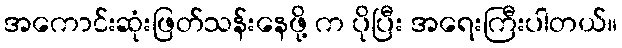
အကောင်းဆုံးဖြတ်သန်းနေဖို့ က ပိုပြီး အရေးကြီးပါတယ်။